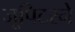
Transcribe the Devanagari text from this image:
जूपिटरने